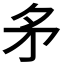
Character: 𭿶